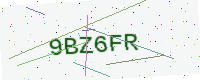
Text: 9BZ6FR